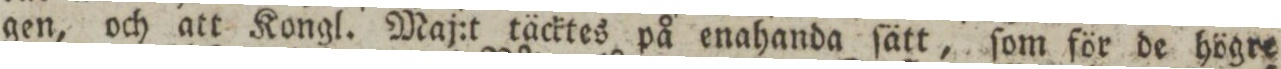
gen, och att Kongl. Maj:t täcktes på enahanda ſätt, ſom för de högre